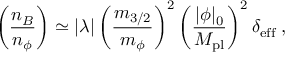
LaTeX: \left( \frac { n _ { B } } { n _ { \phi } } \right) \simeq | \lambda | \left( \frac { m _ { 3 / 2 } } { m _ { \phi } } \right) ^ { 2 } \left( \frac { | \phi | _ { 0 } } { M _ { \mathrm { p l } } } \right) ^ { 2 } \delta _ { \mathrm { e f f } } \; ,